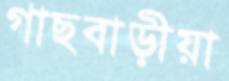
গাছবাড়ীয়া